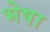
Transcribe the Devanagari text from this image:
भेषा